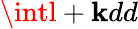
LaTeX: \intl+\mathbf{k}dd